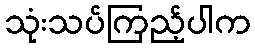
သုံးသပ်ကြည့်ပါက